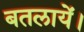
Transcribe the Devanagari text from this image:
बतलायें।